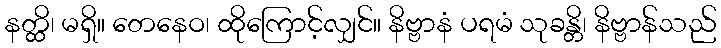
နတ္ထိ၊ မရှိ။ တေနေဝ၊ ထိုကြောင့်လျှင်။ နိဗ္ဗာနံ ပရမံ သုခန္တိ၊ နိဗ္ဗာန်သည်